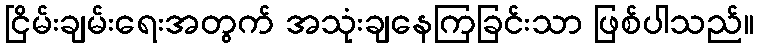
ငြိမ်းချမ်းရေးအတွက် အသုံးချနေကြခြင်းသာ ဖြစ်ပါသည်။